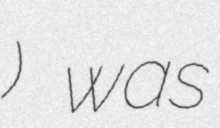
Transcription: ബാപ്പു) was